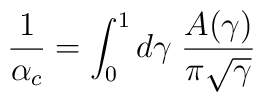
{1\over\alpha_c}=\int_0^1 d\gamma \; {A(\gamma)\over\pi\sqrt\gamma}